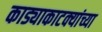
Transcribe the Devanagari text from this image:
काड्याकाटक्यांच्या